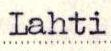
Lahti